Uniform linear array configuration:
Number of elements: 48
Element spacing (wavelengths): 0.25
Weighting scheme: hann
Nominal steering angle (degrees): -60
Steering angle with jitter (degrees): -59.038
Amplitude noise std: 0.05
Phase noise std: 0.05

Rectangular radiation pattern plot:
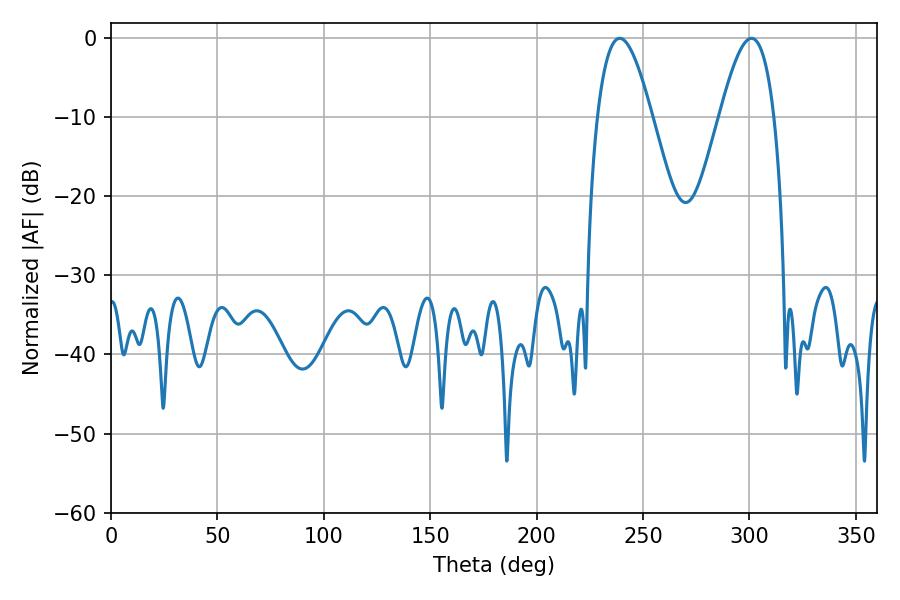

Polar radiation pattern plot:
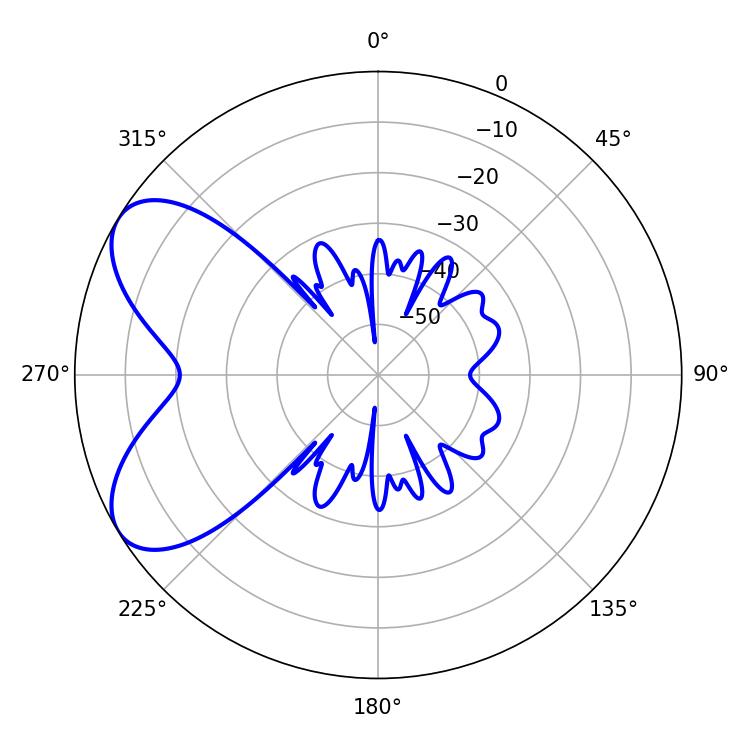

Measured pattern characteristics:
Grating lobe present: FALSE
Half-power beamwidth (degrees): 14.04
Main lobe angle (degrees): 239.04